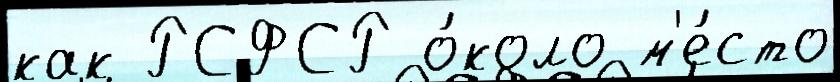
как РСФСР о́коло м'е́сто